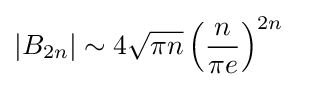
|B_{2n}|\sim 4{\sqrt {\pi n}}\left({\frac {n}{\pi e}}\right)^{2n}\quad